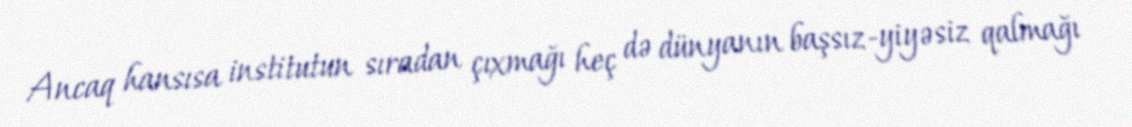
Ancaq hansısa institutun sıradan çıxmağı heç də dünyanın başsız-yiyəsiz qalmağı